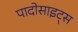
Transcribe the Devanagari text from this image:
पादोसाइट्स